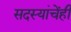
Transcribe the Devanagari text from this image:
सदस्यांचेंही